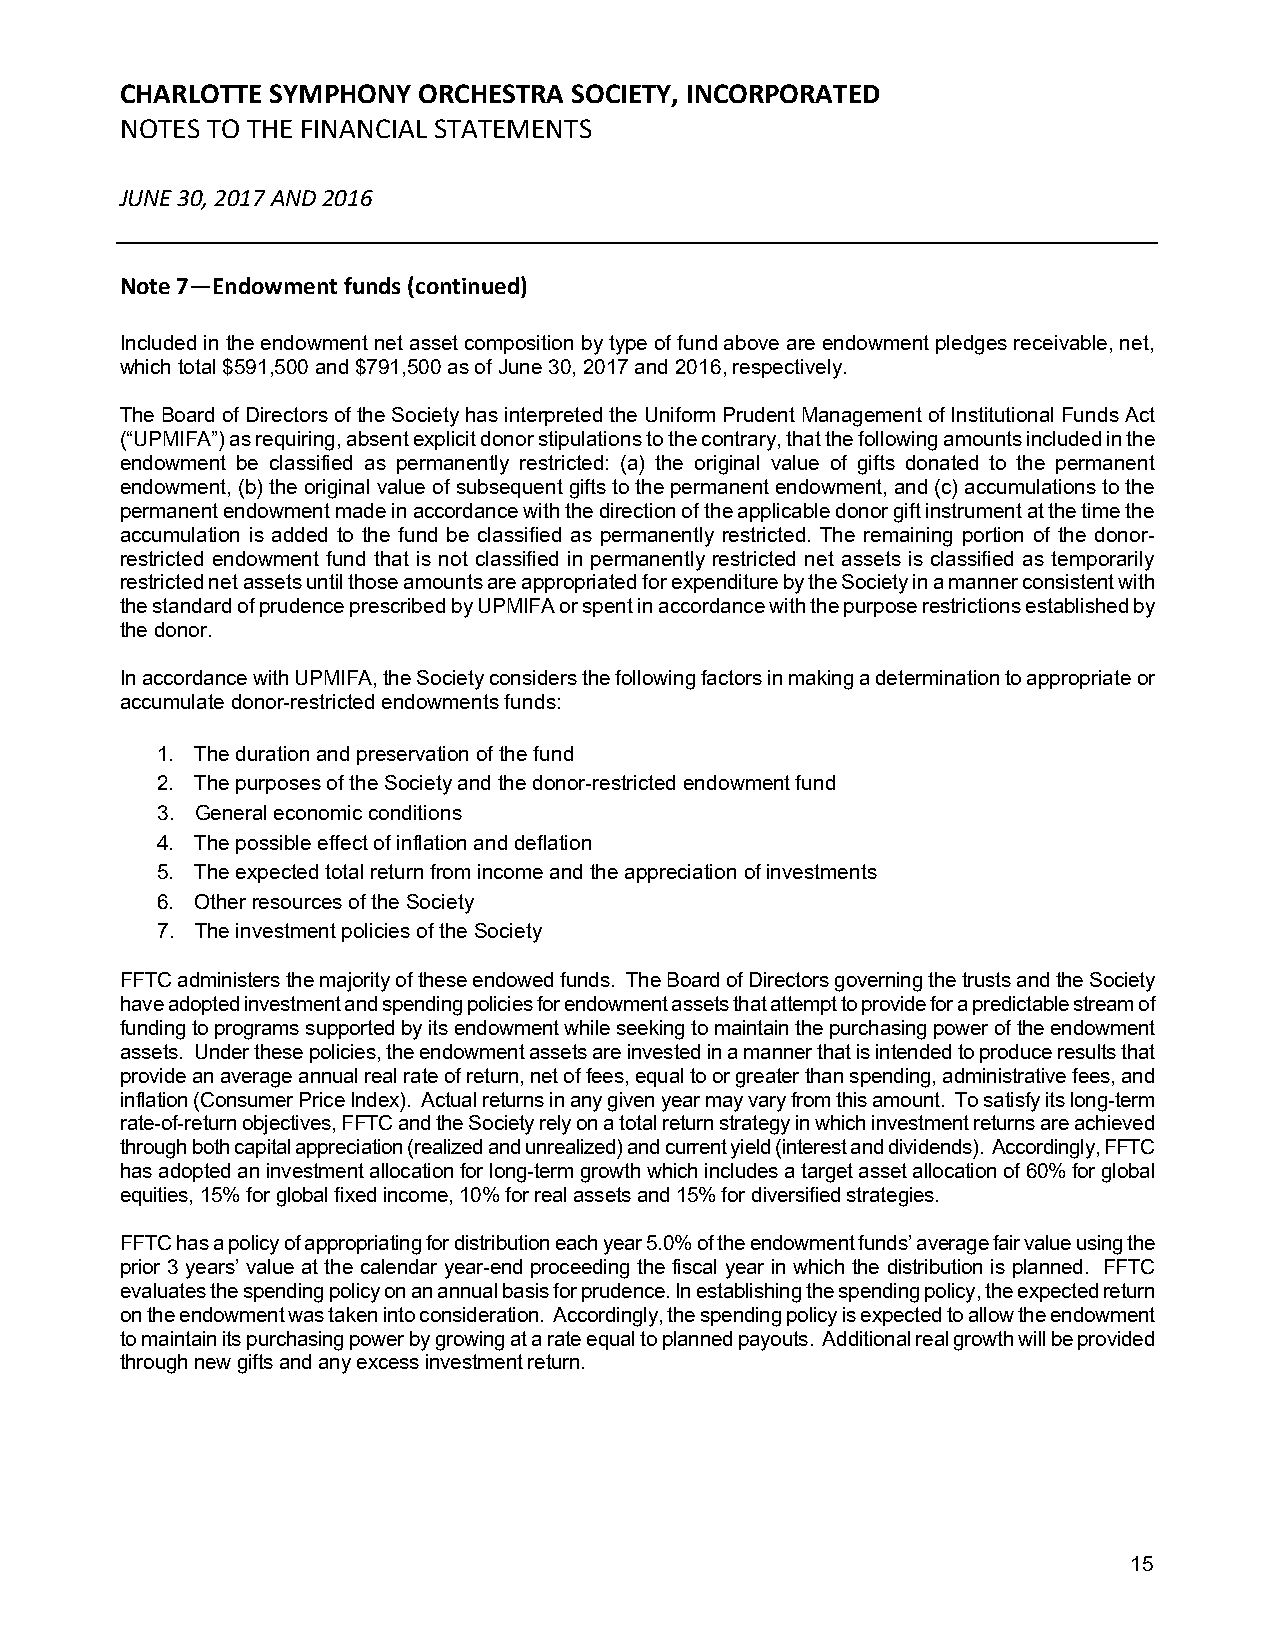
CHARLOTTE SYMPHONY  ORCHESTRA SOCIETY, INCORPORATED
 NOTES TO THE FINANCIAL STATEMENTS
 JUNE 30, 2017 AND 2016
 Note 7—Endowment funds (continued)
 Included in the endowment net asset composition by type of fund above are endowment pledges receivable, net,
 which total $591,500 and $791,500 as of June 30, 2017 and 2016, respectively.
 The Board of Directors of the Society has interpreted the Uniform Prudent Management of Institutional Funds Act
 (“UPMIFA”) as requiring, absent explicit donor stipulations to the contrary, that the following amounts included in the
 endowment be classified as permanently restricted: (a) the original value of gifts donated to the permanent
 endowment, (b) the original value of subsequent gifts to the permanent endowment, and (c) accumulations to the
 permanent endowment made in accordance with the direction of the applicable donor gift instrument at the time the
 accumulation is added to the fund be classified as permanently restricted. The remaining portion of the donor-
 restricted endowment fund that is not classified in permanently restricted net assets is classified as temporarily
 restricted net assets until those amounts are appropriated for expenditure by the Society in a manner consistent with
 the standard of prudence prescribed by UPMIFA or spent in accordance with the purpose restrictions established by
 the donor.
 In accordance with UPMIFA, the Society considers the following factors in making a determination to appropriate or
 accumulate donor-restricted endowments funds:
 1. The duration and preservation of the fund
 2. The purposes of the Society and the donor-restricted endowment fund
 3. General economic conditions
 4. The possible effect of inflation and deflation
 5. The expected total return from income and the appreciation of investments
 6. Other resources of the Society
 7. The investment policies of the Society
 FFTC administers the majority of these endowed funds. The Board of Directors governing the trusts and the Society
 have adopted investment and spending policies for endowment assets that attempt to provide for a predictable stream of
 funding to programs supported by its endowment while seeking to maintain the purchasing power of the endowment
 assets. Under these policies, the endowment assets are invested in a manner that is intended to produce results that
 provide an average annual real rate of return, net of fees, equal to or greater than spending, administrative fees, and
 inflation (Consumer Price Index). Actual returns in any given year may vary from this amount. To satisfy its long-term
 rate-of-return objectives, FFTC and the Society rely on a total return strategy in which investment returns are achieved
 through both capital appreciation (realized and unrealized) and current yield (interest and dividends). Accordingly, FFTC
 has adopted an investment allocation for long-term growth which includes a target asset allocation of 60% for global
 equities, 15% for global fixed income, 10% for real assets and 15% for diversified strategies.
 FFTC has a policy of appropriating for distribution each year 5.0% of the endowment funds’ average fair value using the
 prior 3 years’ value at the calendar year-end proceeding the fiscal year in which the distribution is planned. FFTC
 evaluates the spending policy on an annual basis for prudence. In establishing the spending policy, the expected return
 on the endowment was taken into consideration. Accordingly, the spending policy is expected to allow the endowment
 to maintain its purchasing power by growing at a rate equal to planned payouts. Additional real growth will be provided
 through new gifts and any excess investment return.
 15